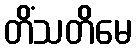
တိံသတိမေ